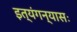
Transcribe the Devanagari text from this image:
इत्यंगन्यासः